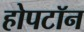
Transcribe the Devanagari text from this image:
होपटॉन